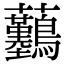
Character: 𧆖